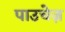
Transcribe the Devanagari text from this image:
पाउचेज़